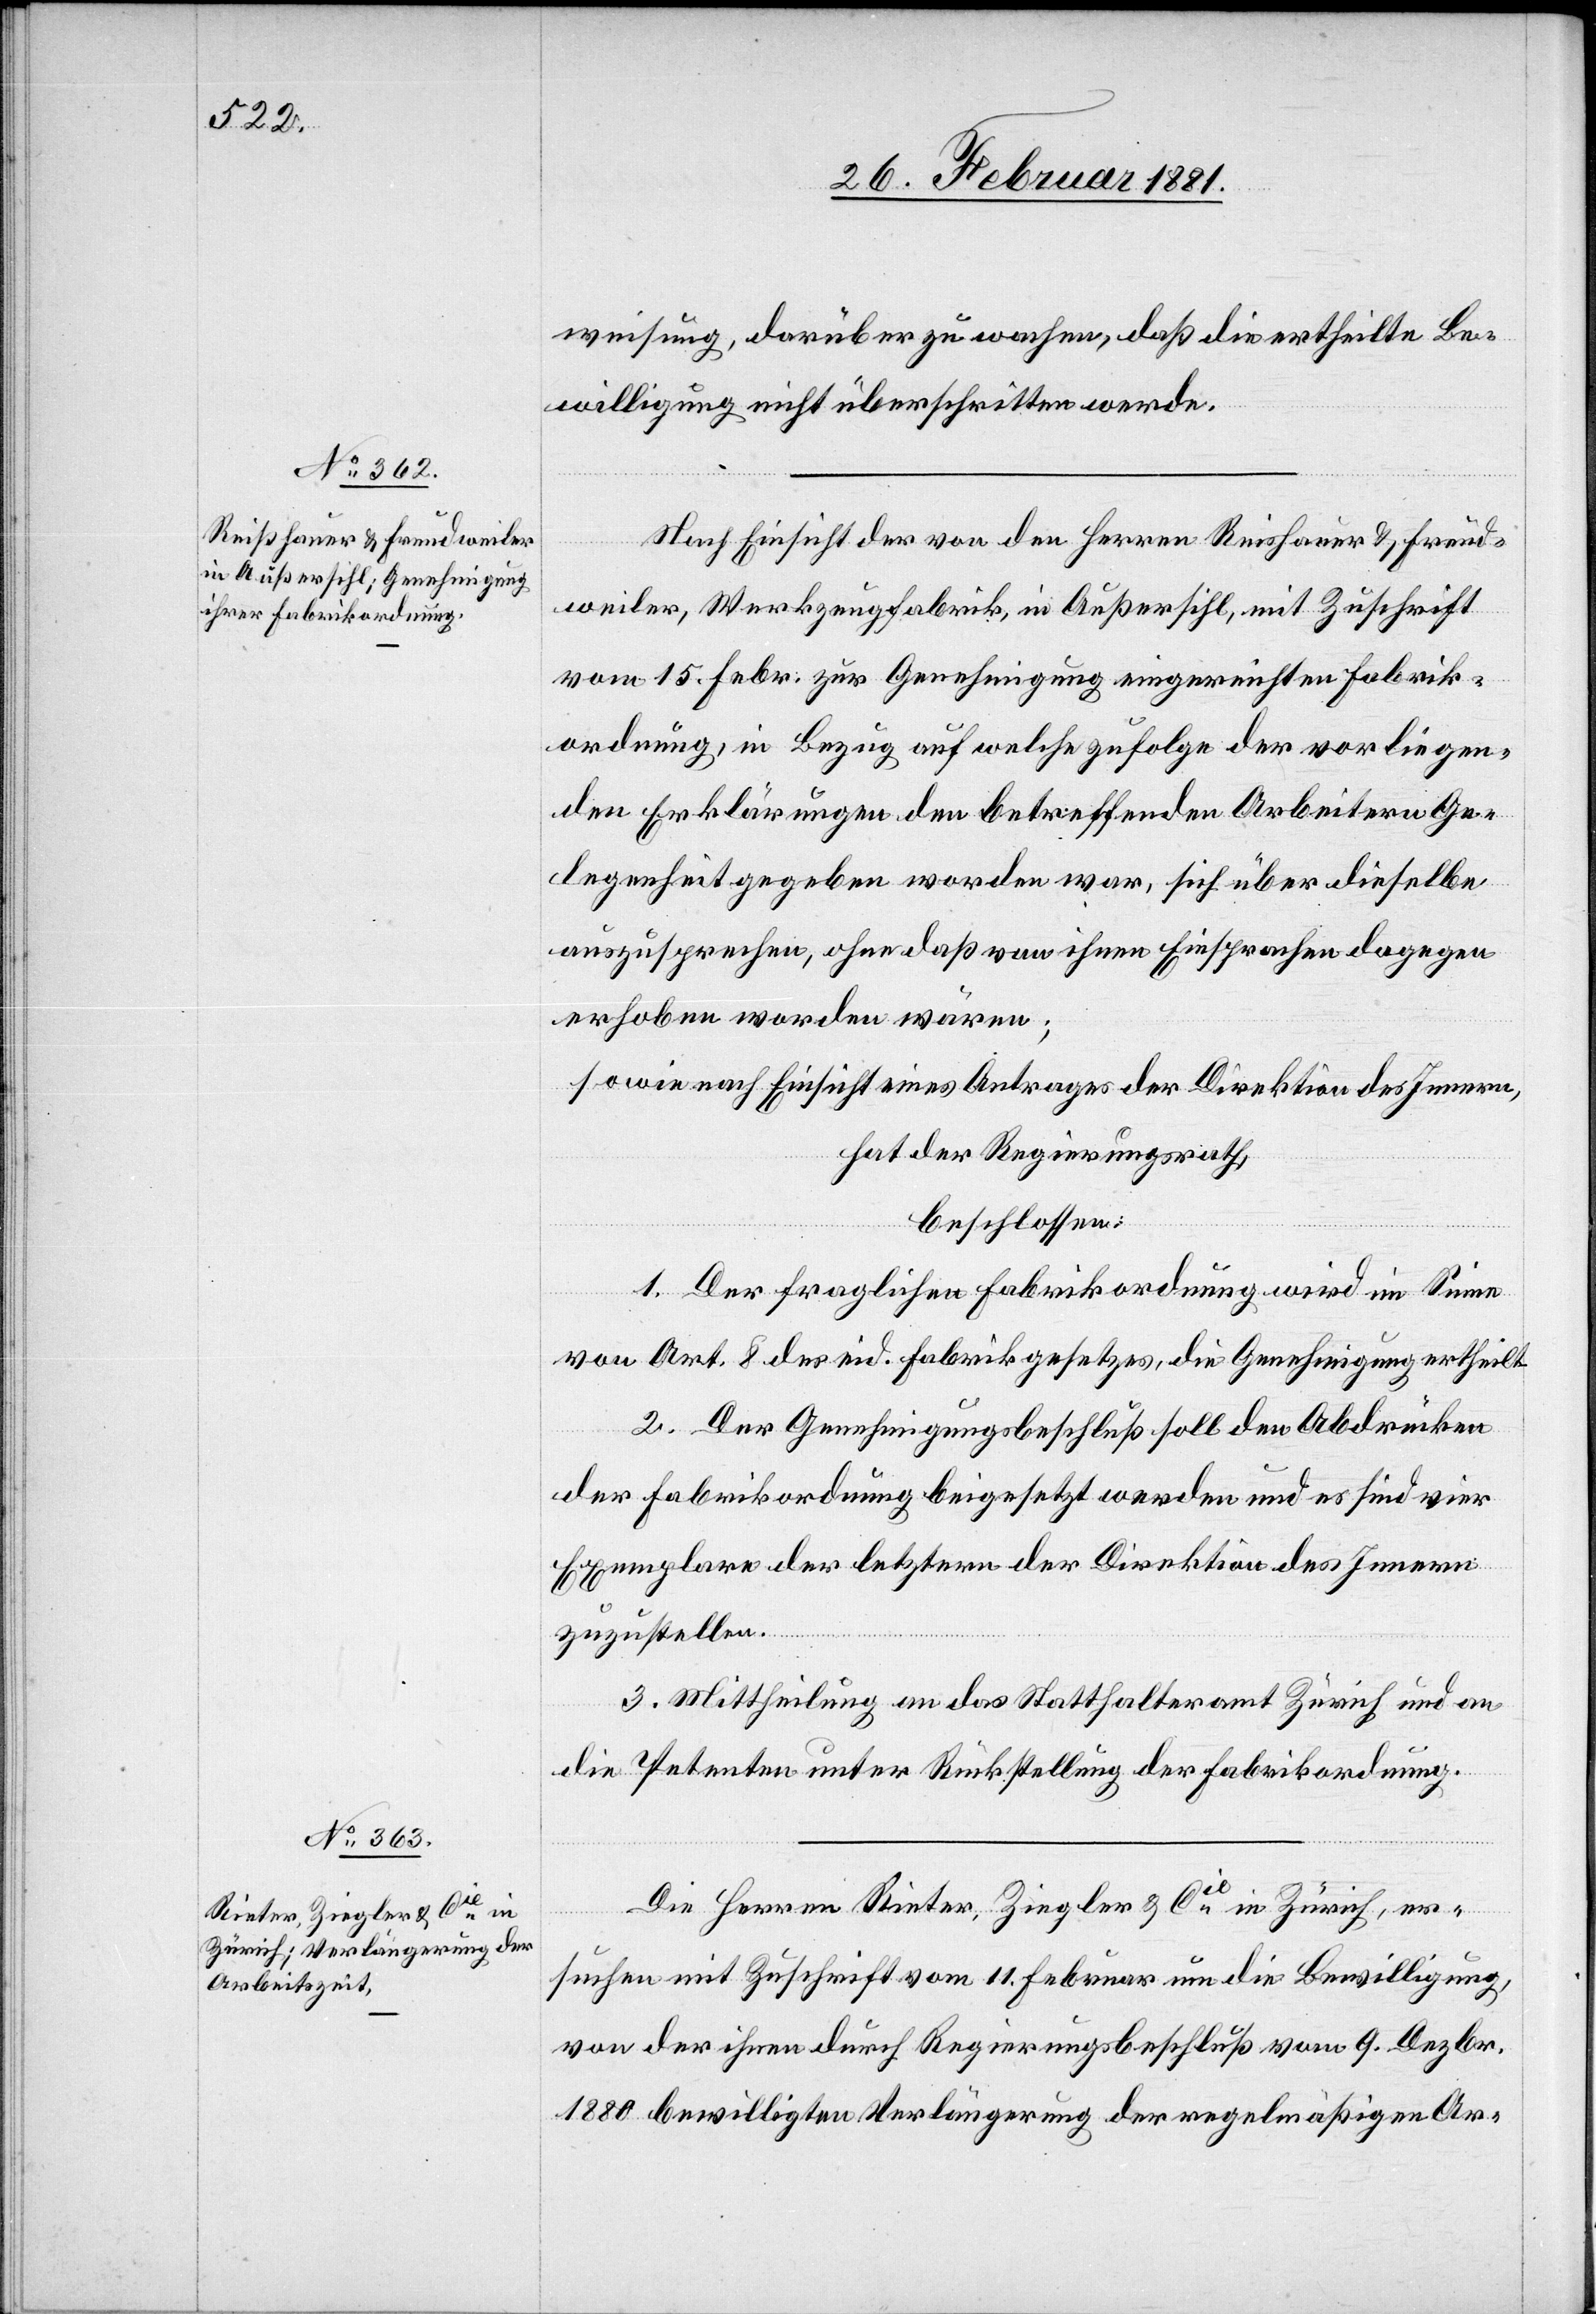
weisung, darüber zu wachen, daß die ertheilte Be¬
willigung nicht überschritten werde.
Nach Einsicht der von den Herren Reishauer [sic!], Freud¬
weiler, Werkzeugfabrik, in Außersihl, mit Zuschrift
vom 15. Febr. zur Genehmigung eingereichten Fabrik¬
ordnung, in Bezug auf welche zufolge der vorliegen¬
den Erklärungen den betreffenden Arbeitern Ge¬
legenheit gegeben worden war, sich über dieselbe
auszusprechen, ohne daß von ihnen Einsprachen dagegen
erhoben worden wären;
sowie nach Einsicht eines Antrages der Direktion des Innern,
hat der Regierungsrath,
beschlossen:
1. Der fraglichen Fabrikordnung wird im Sinne
von Art. 8 des eid. Fabrikgesetzes, die Genehmigung ertheilt.
2. Der Genehmigungsbeschluß soll den Abdrücken
der Fabrikordnung beigesetzt werden und es sind vier
Exemplare der letztern der Direktion des Innern
zuzustellen.
3. Mittheilung an das Statthalteramt Zürich und an
die Petenten unter Rückstellung der Fabrikordnung.
erfügungen
Die Herren Rieter, Ziegler & Cie in Zürich, er¬
suchen mit Zuschrift vom 11. Februar um die Bewilligung,
von der ihnen durch Regierungsbeschluß vom 9. Dezbr.
1880 bewilligten Verlängerung der regelmäßigen Ar-